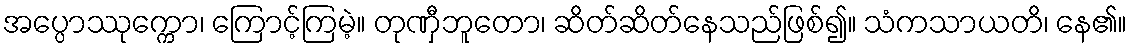
အပ္ပောဿုက္ကော၊ ကြောင့်ကြမဲ့။ တုဏှီဘူတော၊ ဆိတ်ဆိတ်နေသည်ဖြစ်၍။ သံကသာယတိ၊ နေ၏။